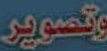
وتصوير